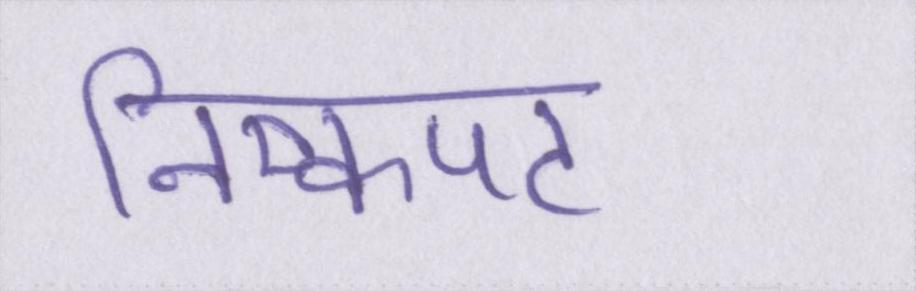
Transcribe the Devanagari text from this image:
निष्कपट